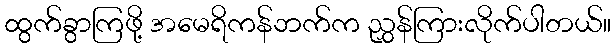
ထွက်ခွာကြဖို့ အမေရိကန်ဘက်က ညွှန်ကြားလိုက်ပါတယ်။